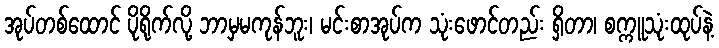
အုပ်တစ်ထောင် ပိုရိုက်လို့ ဘာမှမကုန်ဘူး၊ မင်းစာအုပ်က သုံးဖောင်တည်း ရှိတာ၊ စက္ကူသုံးထုပ်နဲ့